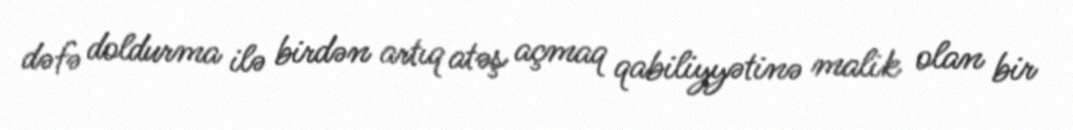
dəfə doldurma ilə birdən artıq atəş açmaq qabiliyyətinə malik olan bir